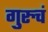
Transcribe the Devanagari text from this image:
गुरुचं